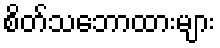
စိတ်သဘောထားများ